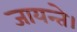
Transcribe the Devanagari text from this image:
जायन्ते।